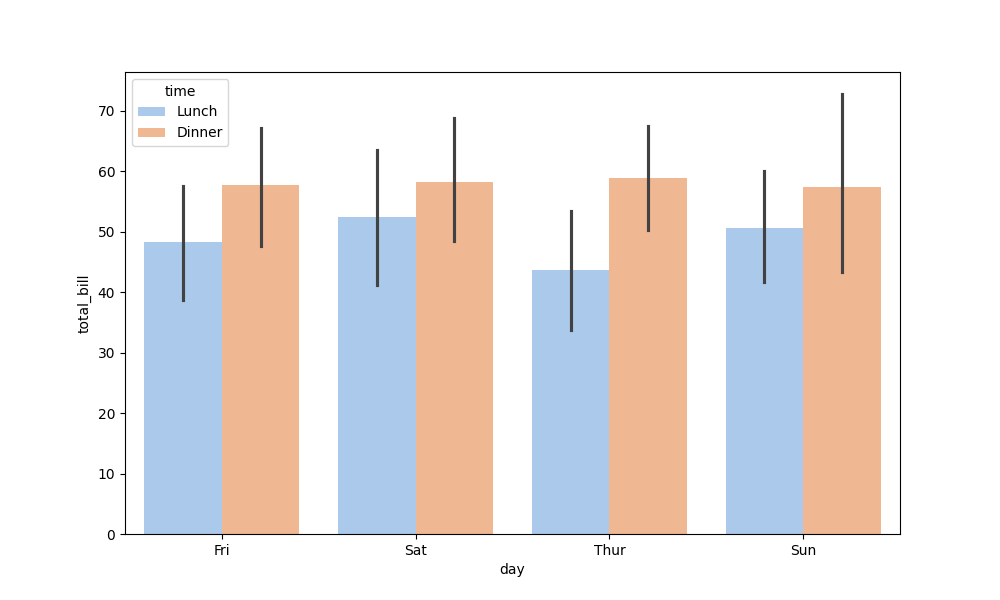
python, seaborn, barplot, hue='time', palette='pastel', ci=95, orient='v'